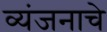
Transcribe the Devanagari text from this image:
व्यंजनाचे